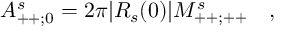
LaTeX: A _ { + + ; 0 } ^ { s } = 2 \pi | R _ { s } ( 0 ) | M _ { + + ; + + } ^ { s } \quad ,